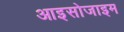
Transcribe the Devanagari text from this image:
आइसोजाइम